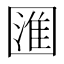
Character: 𭍰